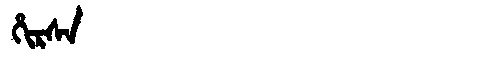
Manchu: ᡥᡳᡵᠰᠠ
Romanization: HIRSA